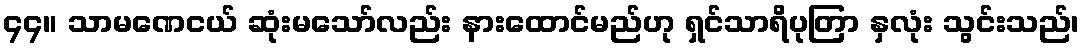
၄၄။ သာမဏေငယ် ဆုံးမသော်လည်း နားထောင်မည်ဟု ရှင်သာရိပုတြာ နှလုံး သွင်းသည်၊